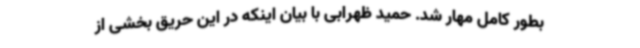
بطور کامل مهار شد. حمید ظهرابی با بیان اینکه در این حریق بخشی از